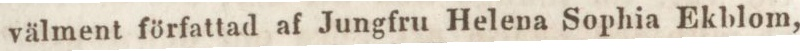
välment författad af Jungfru Helena Sophia Ekblom,